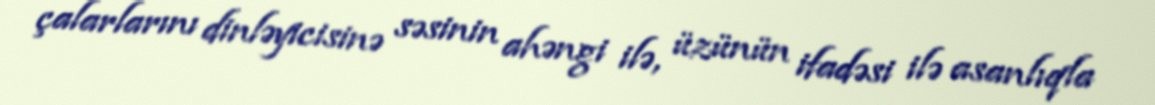
çalarlarını dinləyicisinə səsinin ahəngi ilə, üzünün ifadəsi ilə asanlıqla